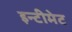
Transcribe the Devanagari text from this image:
इन्टीमेट